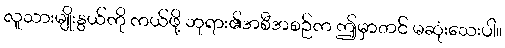
လူသားမျိုးနွယ်ကို ကယ်ဖို့ ဘုရား၏အစီအစဉ်က ဤမှာတင် မဆုံးသေးပါ။